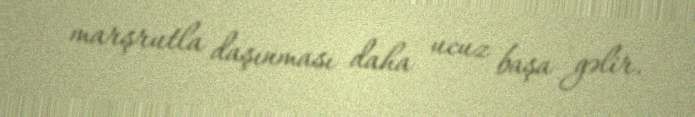
marşrutla daşınması daha ucuz başa gəlir.